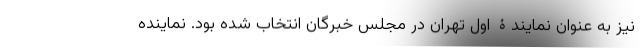
نیز به عنوان نمایندۀ اول تهران در مجلس خبرگان انتخاب شده بود. نماینده